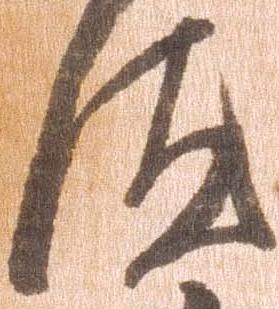
汰